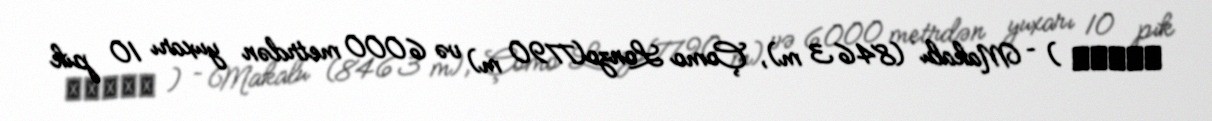
मकालु ) – Makalu (8463 m), Çomo Lonzo(7790 m) və 6000 metrdən yuxarı 10 pik